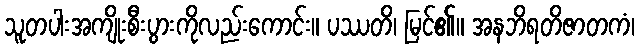
သူတပါးအကျိုးစီးပွားကိုလည်းကောင်း။ ပဿတိ၊ မြင်၏။ အနဘိရတိဇာတကံ၊